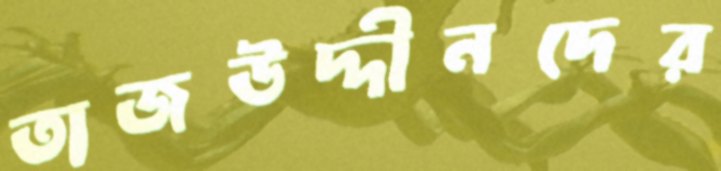
তাজউদ্দীনদের